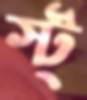
স্ট্